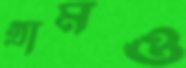
গ্রামও